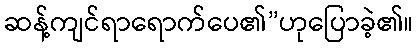
ဆန့်ကျင်ရာရောက်ပေ၏”ဟုပြောခဲ့၏။